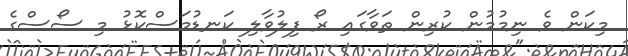
މިކަން ވެ ނިމުމުން ކުރިން ތަވާގައި ރޯ ފިލުވާލި ކަނޑުމަސްކޮޅު މި ސޯސްގެ